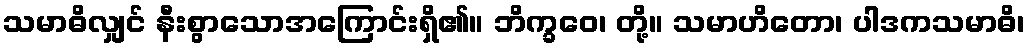
သမာဓိလျှင် နီးစွာသောအကြောင်းရှိ၏။ ဘိက္ခဝေ၊ တို့။ သမာဟိတော၊ ပါဒကသမာဓိ၊